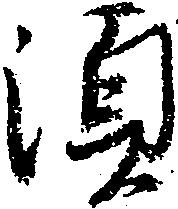
須